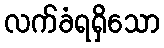
လက်ခံရရှိသော